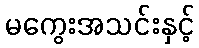
မကွေးအသင်းနှင့်